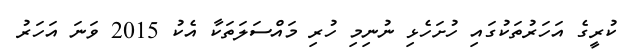
ކުރީގެ އަހަރުތަކުގައި ހުށަހެޅި ނުނިމި ހުރި މައްސަލަތަކާ އެކު 2015 ވަނަ އަހަރު